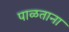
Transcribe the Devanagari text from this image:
पाळताना